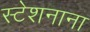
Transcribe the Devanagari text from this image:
स्टेशनाना